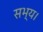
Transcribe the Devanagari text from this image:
सभ्य।